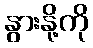
နွားနို့ကို